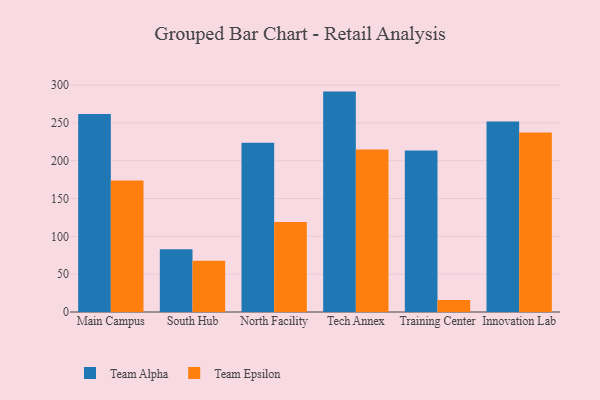
{"axis": {"x": "Campus", "y": "Backlog"}, "legend": ["Team Alpha", "Team Epsilon"], "data": [{"x": "Main Campus", "y": 261.7, "type": "Team Alpha"}, {"x": "Main Campus", "y": 173.8, "type": "Team Epsilon"}, {"x": "South Hub", "y": 83.1, "type": "Team Alpha"}, {"x": "South Hub", "y": 67.6, "type": "Team Epsilon"}, {"x": "North Facility", "y": 223.8, "type": "Team Alpha"}, {"x": "North Facility", "y": 119.1, "type": "Team Epsilon"}, {"x": "Tech Annex", "y": 291.3, "type": "Team Alpha"}, {"x": "Tech Annex", "y": 214.7, "type": "Team Epsilon"}, {"x": "Training Center", "y": 213.3, "type": "Team Alpha"}, {"x": "Training Center", "y": 15.9, "type": "Team Epsilon"}, {"x": "Innovation Lab", "y": 251.7, "type": "Team Alpha"}, {"x": "Innovation Lab", "y": 237.1, "type": "Team Epsilon"}]}